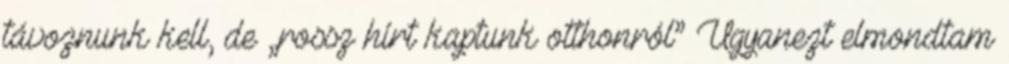
távoznunk kell, de „rossz hírt kaptunk otthon­ról” Ugyanezt elmondtam